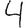
Digit: 4